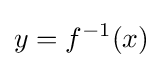
y=f^{-1}(x)